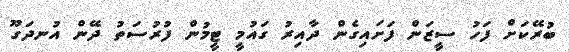
ބުރޭކަށް ފަހު ސީޒަން ފަށައިގެން ދާއިރު ގައުމީ ޓީމުން ފުރުސަތު ދޭން އުނދަގޫ